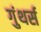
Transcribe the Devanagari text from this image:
गुंथर्स